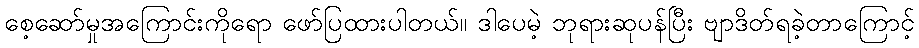
စေ့ဆော်မှုအကြောင်းကိုရော ဖော်ပြထားပါတယ်။ ဒါပေမဲ့ ဘုရားဆုပန်ပြီး ဗျာဒိတ်ရခဲ့တာကြောင့်